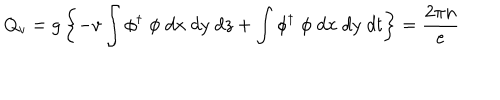
Q _ { v } = g \left\{ - v \int \phi ^ { \dagger } \; \phi \; d x \; d y \; d z + \int \phi ^ { \dagger } \; \phi \; d x \; d y \; d t \right\} = \frac { 2 \pi n } { e }